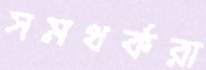
সমথর্করা